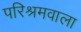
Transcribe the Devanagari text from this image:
परिश्रमवाला